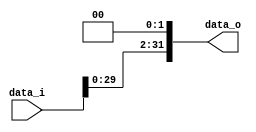
//0516327 
//Subject:      CO project 2 - Shift_Left_Two_32
//--------------------------------------------------------------------------------
//Version:     1
//--------------------------------------------------------------------------------
//Description: 
//--------------------------------------------------------------------------------

module Shift_Left_Two_32(
    data_i,
    data_o
    );

//I/O ports                    
input [32-1:0] data_i;
output [32-1:0] data_o;

//shift left 2
assign data_o[32-1:0] = {data_i[30-1:0], 1'b0, 1'b0};
     
endmodule